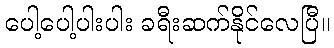
ပေါ့ပေါ့ပါးပါး ခရီးဆက်နိုင်လေပြီ။